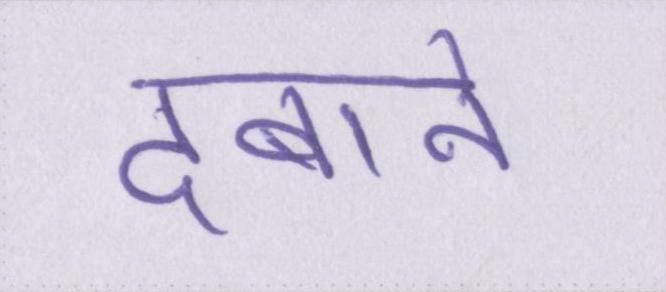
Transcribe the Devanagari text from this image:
दबाने